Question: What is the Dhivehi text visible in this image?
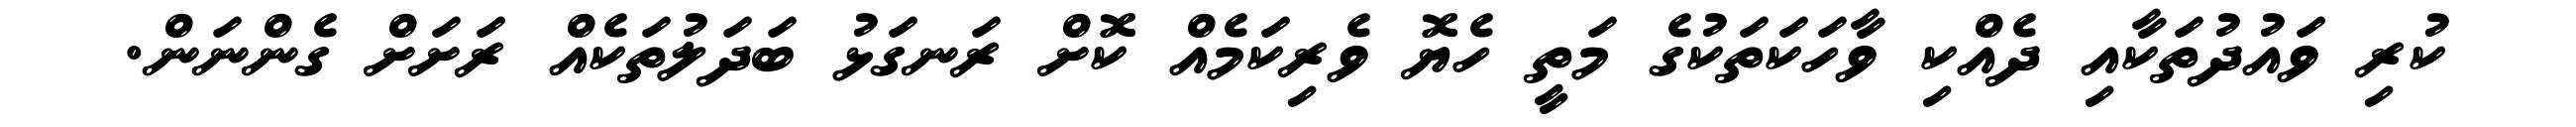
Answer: ކުރި ވައުދުތަކާއި ދެއްކި ވާހަކަތަކުގެ މަތީ ހެޔޮ ވެރިކަމެއް ކޮށް ރަނގަޅު ބަދަލުތަކެއް ރަށަށް ގެންނަން.